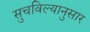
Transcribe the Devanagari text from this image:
सुचविल्यानुसार